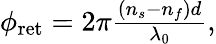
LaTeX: \begin{array}{r}{\phi_{\mathrm{ret}}=2\pi\frac{(n_{s}-n_{f})d}{\lambda_{0}},}\end{array}